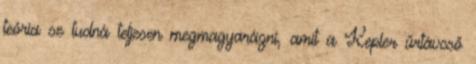
teória se tudná teljesen megmagyarázni, amit a Kepler űrtávcső